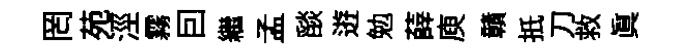
罔苑涇霧囙繼孟𦦨逰勉薛庾贛扺刀救真